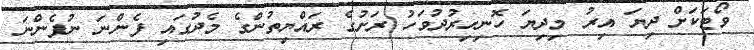
ވޯޓަކަށް ދިޔަ އިރު މިދިޔަ ހޮނިހިރުދުވަހު ރަށުގެ ރައްޔިތުންގެ މެދުގައި ފެންނަ ނުފެންނަ